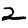
Digit: 2